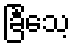
ခြင်္သေ့